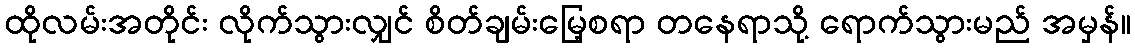
ထိုလမ်းအတိုင်း လိုက်သွားလျှင် စိတ်ချမ်းမြေ့စရာ တနေရာသို့ ရောက်သွားမည် အမှန်။